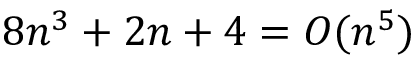
8 n ^ { 3 } + 2 n + 4 = O ( n ^ { 5 } )